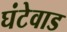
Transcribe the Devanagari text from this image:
घंटेवाड